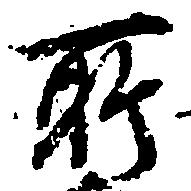
所